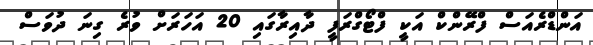
އަންޑްރެއަސް ފްރޭންކް އަކީ ފްޓޯގްރަފީ ދާއިރާގައި 20 އަހަރަށް ވުރެ ގިނަ ދުވަސް